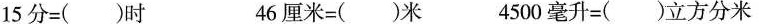
$$1 5 分 = ( ) 时$$ $$4 6 厘 米 = ( ) 米$$ $$4 5 0 0 毫 升 = ( ) 立 方 分 米$$